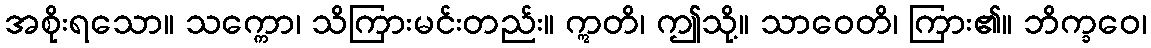
အစိုးရသော။ သက္ကော၊ သိကြားမင်းတည်း။ ဣတိ၊ ဤသို့။ သာဝေတိ၊ ကြား၏။ ဘိက္ခဝေ၊